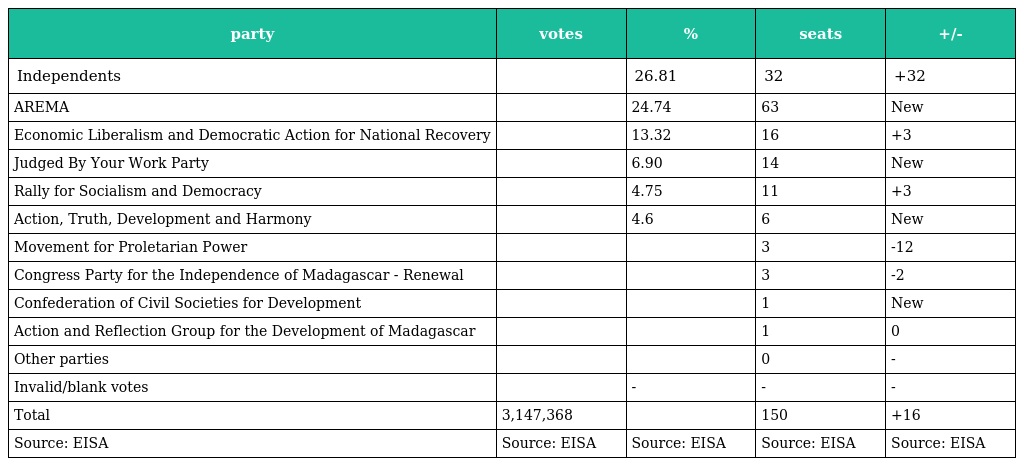
| party | votes | % | seats | +/- |
 | --- | --- | --- | --- | --- |
 | Independents |  | 26.81 | 32 | +32 |
 | AREMA |  | 24.74 | 63 | New |
 | Economic Liberalism and Democratic Action for National Recovery |  | 13.32 | 16 | +3 |
 | Judged By Your Work Party |  | 6.90 | 14 | New |
 | Rally for Socialism and Democracy |  | 4.75 | 11 | +3 |
 | Action, Truth, Development and Harmony |  | 4.6 | 6 | New |
 | Movement for Proletarian Power |  |  | 3 | -12 |
 | Congress Party for the Independence of Madagascar - Renewal |  |  | 3 | -2 |
 | Confederation of Civil Societies for Development |  |  | 1 | New |
 | Action and Reflection Group for the Development of Madagascar |  |  | 1 | 0 |
 | Other parties |  |  | 0 | - |
 | Invalid/blank votes |  | - | - | - |
 | Total | 3,147,368 |  | 150 | +16 |
 | Source: EISA | Source: EISA | Source: EISA | Source: EISA | Source: EISA |